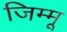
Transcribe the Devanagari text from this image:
जिम्मू